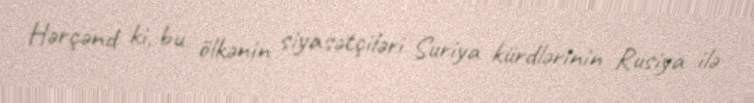
Hərçənd ki, bu ölkənin siyasətçiləri Suriya kürdlərinin Rusiya ilə